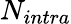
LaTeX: N_{intra}